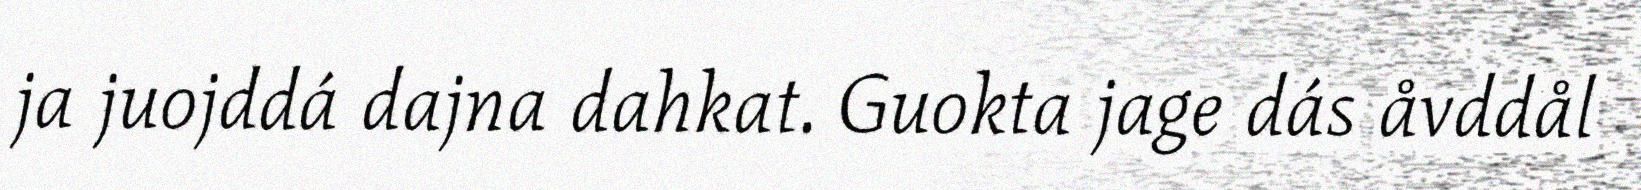
ja juojddá dajna dahkat. Guokta jage dás åvddål